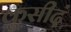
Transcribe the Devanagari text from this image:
कुसीदं